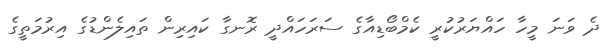
ދެ ވަނަ މީހާ ހައްޔަރުކުރީ ކެމްބޯޑިއާގެ ސަރަހައްދީ ރޮނގާ ކައިރިން ތައިލެންޑުގެ އިރުމަތީގެ